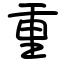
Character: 重